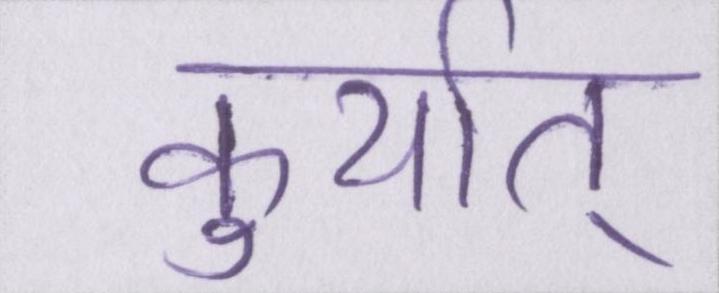
कुर्यात्